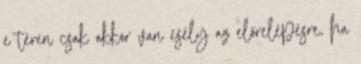
e téren csak akkor van esély az előrelépésre, ha